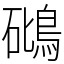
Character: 𥖧